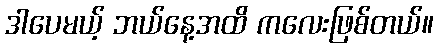
ဒါပေမယ့် ဘယ်နေ့အထိ ကလေးဖြစ်တယ်။